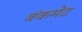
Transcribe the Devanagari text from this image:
बंकमेट